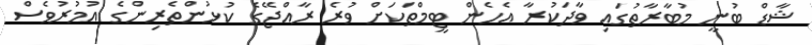
ޝާޑް ބުނީ މުބާރާތުގައި ވާދަކުރާ އެހެން ޓީމްތަކަށް ވުރެ ރާއްޖޭގެ ކުޅުންތެރިންގެ އުމުރުވެސް